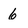
Character: 6